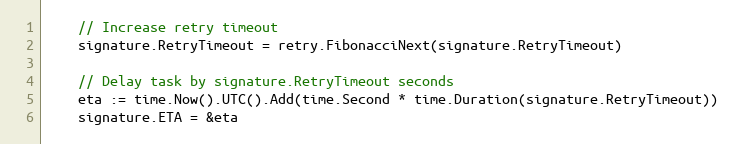
Language: Go
	// Increase retry timeout
	signature.RetryTimeout = retry.FibonacciNext(signature.RetryTimeout)

	// Delay task by signature.RetryTimeout seconds
	eta := time.Now().UTC().Add(time.Second * time.Duration(signature.RetryTimeout))
	signature.ETA = &eta